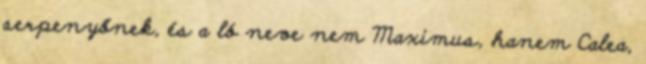
serpenyőnek, és a ló neve nem Maximus, hanem Calea,